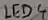
Text: LED4